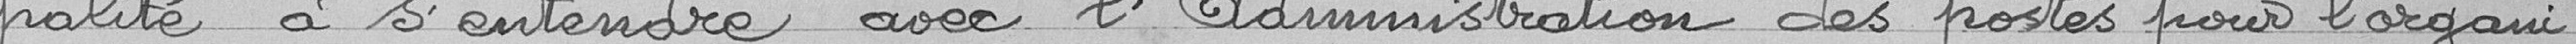
palité à s'entendre avec l'administration des postes pour l'organi-